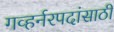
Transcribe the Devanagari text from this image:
गव्हर्नरपदांसाठी